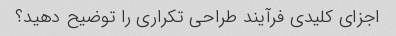
اجزای کلیدی فرآیند طراحی تکراری را توضیح دهید؟